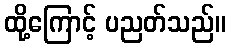
ထို့ကြောင့် ပညတ်သည်။